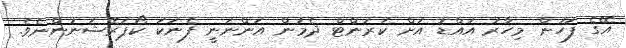
އޭގެ ފަހުން މިހާރު އައްޑު އަށް ކަރަންޓް ދެމުން އަންނަނީ ފެނަކަ ކޯޕަރޭޝަނުންނެވެ.